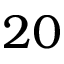
2 0